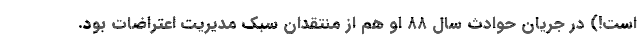
است!) در جریان حوادث سال ۸۸ او هم از منتقدان سبک مدیریت اعتراضات بود.